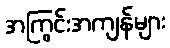
အကြွင်းအကျန်များ